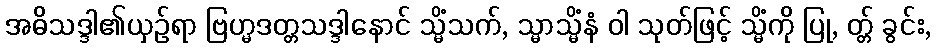
အဓိသဒ္ဒါ၏ယှဉ်ရာ ဗြဟ္မဒတ္တသဒ္ဒါနောင် သ္မိံသက်, သ္မာသ္မိံနံ ဝါ သုတ်ဖြင့် သ္မိံကို ပြု, တ္တ် ခွင်း,